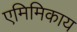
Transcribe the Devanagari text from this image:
एमिमिकाय